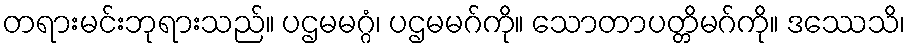
တရားမင်းဘုရားသည်။ ပဌမမဂ္ဂံ၊ ပဌမမဂ်ကို။ သောတာပတ္တိမဂ်ကို။ ဒဿေသိ၊